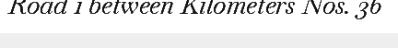
Road 1 between Kilometers Nos. 36